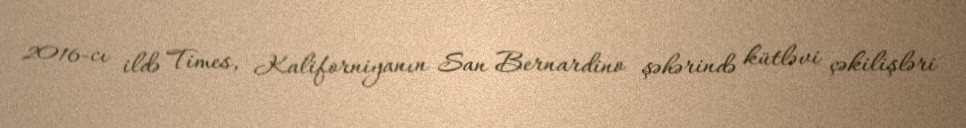
2016-cı ildə Times, Kaliforniyanın San Bernardino şəhərində kütləvi çəkilişləri